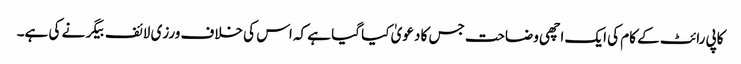
کاپی رائٹ کے کام کی ایک اچھی وضاحت جس کا دعویٰ کیا گیا ہے کہ اس کی خلاف ورزی لائف بیگر نے کی ہے۔